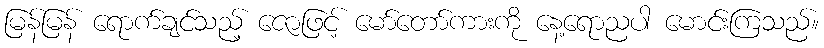
မြန်မြန် ရောက်ချင်သည့် ဇောဖြင့် မော်တော်ကားကို နေ့ရောညပါ မောင်းကြသည်။